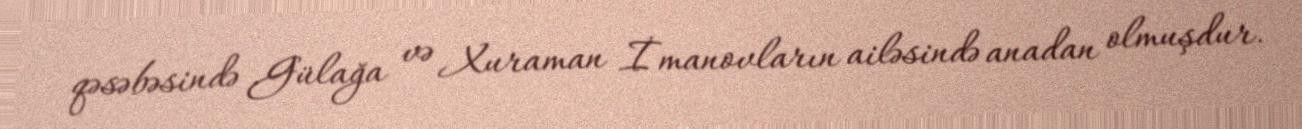
qəsəbəsində Gülağa və Xuraman İmanovların ailəsində anadan olmuşdur.